Lunatic asylums Central Provinces reports 1910-1926 - 1910-1926
Year: 1910
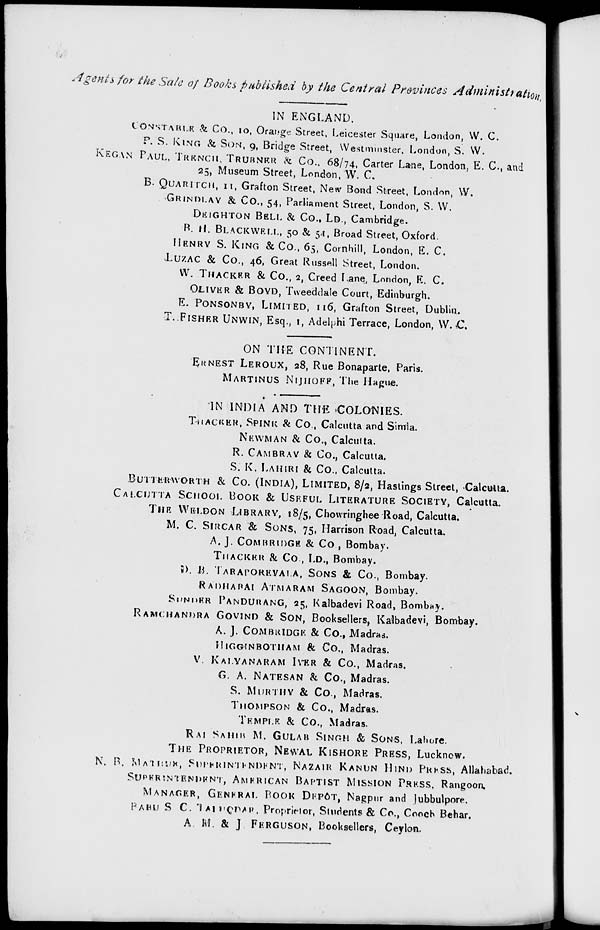
Agents for the Sale of Books published by the Central Provinces Administration.
IN ENGLAND.
CONSTABLE & Co., 10, Orange Street, Leicester Square, London, W. C.
P. S. KING & SON, 9, Bridge Street, Westminster, London, S. W.
KEGAN PAUL, TRENCH, TRUBNER & Co., 68/74, Carter Lane, London, E. C., and
25, Museum Street, London, W. C.
B. QUARITCH, 11, Grafton Street, New Bond Street, London, W.
GRINDLAY & Co., 54, Parliament Street, London, S. W.
DEIGHTON
BELL
& Co., LD., Cambridge.
B. H. BLACKWELL, 50 & 54, Broad Street, Oxford.
HENRY S. KING & Co., 65, Cornhill, London, E. C.
LUZAC & Co., 46, Great Russell Street, London.
W. THACKER & Co., 2, Creed I ane, London, E. C.
OLIVER & BOYD, Tweeddale Court, Edinburgh.
E. PONSONBY, LIMITED, 116, Grafton Street, Dublin.
T. FISHER UNWIN, Esq., 1, Adelphi Terrace, London, W. C.
ON THE CONTINENT.
ERNEST LEROUX, 28, Rue Bonaparte, Paris.
MARTINUS NIJHOFF,
The Hague.
IN INDIA AND THE COLONIES.
THACKER,
SPINK
& Co., Calcutta and Simla.
NEWMAN & Co., Calcutta.
R. CAMBRAY & Co., Calcutta.
S. K. LAHIRI & Co., Calcutta.
BUTTERWORTH & Co. (INDIA), LIMITED, 8/2, Hastings Street, Calcutta.
CALCUTTA SCHOOL BOOK & USEFUL LITERATURE SOCIETY, Calcutta.
THE WELDON LIBRARY,
18/5, Chowringhee Road, Calcutta.
M. C. SIRCAR & SONS, 75, Harrison Road, Calcutta.
A. J. COMBRIDGE & Co., Bombay.
THACKER & Co., LD., Bombay.
D. B. TARAPOREVALA, SONS & Co., Bombay.
RADHABAI ATMARAM SAGOON,
Bombay.
SUNDER PANDURANG, 25, Kalbadevi Road, Bombay.
RAMCHANDRA GOVIND & SON,
Booksellers, Kalbadevi, Bombay.
A. J. COMBRIDGE & Co., Madras.
HIGGINBOTHAM & Co., Madras.
V.
KALYANARAM
IYER
& Co., Madras.
G. A. NATESAN & Co., Madras.
S. MURTHY & Co., Madras.
THOMPSON & Co., Madras.
TEMPLE & Co., Madras.
RAI SAHIB M. GULAB SINGH & SONS,
Lahore.
THE PROPRIETOR, NEWAL KISHORE PRESS,
Lucknow.
N. B. MATGHUR SUPRINTENDENT, NAZAIR KANUN HIND PRESS,
Allahabad.
Superintendent, American Baptist Mission Press, Rangoon.
MANAGER, GENERAL BOOK DEPÔT, Nagpur and Jubbulpore.
BABU S. C. TALUQDAR, Proprietor, Students & Co., Cooch Behar.
A. M. & J. FERGUSON, Booksellers, Ceylon.